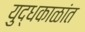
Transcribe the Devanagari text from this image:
युद्धकाळांत